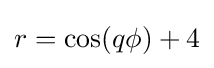
r=\cos(q\phi )+4